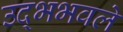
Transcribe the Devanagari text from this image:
उद्भभवले